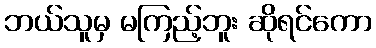
ဘယ်သူမှ မကြည့်ဘူး ဆိုရင်ကော